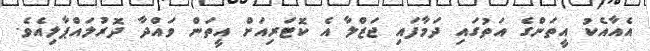
އެއާއެކު އީތަންގެ އަތުގައި ދަމާފައި ޖަޒްލާ އެ ކޮޓަރިއަށް އީތަން ވައްދާ ދޮރުލައްޕާލިއެވެ.